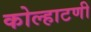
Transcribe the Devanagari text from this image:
कोल्हाटणी